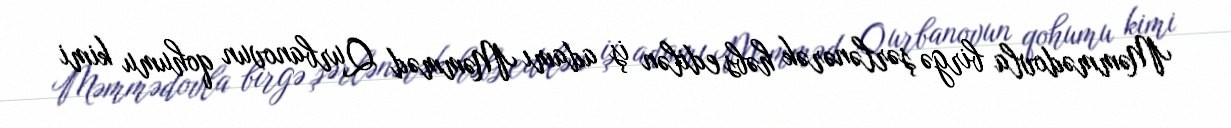
Məmmədovla birgə şərlənərək həbs edilən iş adamı Məmməd Qurbanovun qohumu kimi